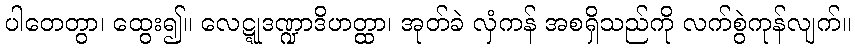
ပါတေတွာ၊ ထွေး၍။ လေဋ္ဋုဒဏ္ဍာဒိဟတ္ထာ၊ အုတ်ခဲ လှံကန် အစရှိသည်ကို လက်စွဲကုန်လျက်။